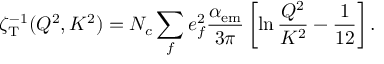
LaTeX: \zeta _ { \mathrm { T } } ^ { - 1 } ( Q ^ { 2 } , K ^ { 2 } ) = N _ { c } \sum _ { f } e _ { f } ^ { 2 } { \frac { \alpha _ { \mathrm { e m } } } { 3 \pi } } \left[ \ln { \frac { Q ^ { 2 } } { K ^ { 2 } } } - { \frac { 1 } { 1 2 } } \right] .